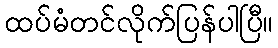
ထပ်မံတင်လိုက်ပြန်ပါပြီ။